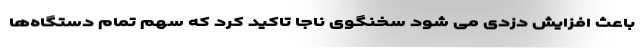
باعث افزایش دزدی می شود سخنگوی ناجا تاکید کرد که سهم تمام دستگاه‌ها